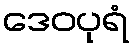
ဒေဝပုရံ